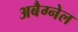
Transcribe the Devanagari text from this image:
अबैग्नेल